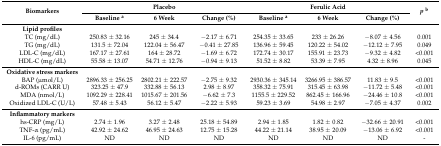
<table><thead><tr><td rowspan="2"><b>Biomarkers</b></td><td colspan="3"><b>Placebo</b></td><td colspan="3"><b>Ferulic Acid</b></td><td rowspan="2"><b><i>p</i><sup>b</sup></b></td></tr><tr><td><b>Baseline <sup>a</sup></b></td><td><b>6 Week</b></td><td><b>Change (%)</b></td><td><b>Baseline <sup>a</sup></b></td><td><b>6 Week</b></td><td><b>Change (%)</b></td></tr></thead><tbody><tr><td><b>Lipid profiles</b></td><td></td><td></td><td></td><td></td><td></td><td></td><td></td></tr><tr><td>TC (mg/dL)</td><td>250.83 ± 32.16</td><td>245 ± 34.4</td><td>−2.17 ± 6.71</td><td>254.35 ± 33.65</td><td>233 ± 26.26</td><td>−8.07 ± 4.56</td><td>0.001</td></tr><tr><td>TG (mg/dL)</td><td>131.5 ± 72.04</td><td>122.04 ± 56.47</td><td>−0.41 ± 27.85</td><td>136.96 ± 59.45</td><td>120.22 ± 54.02</td><td>−12.12 ± 7.95</td><td>0.049</td></tr><tr><td>LDL-C (mg/dL)</td><td>167.17 ± 27.61</td><td>164 ± 28.72</td><td>−1.69 ± 6.72</td><td>172.74 ± 30.17</td><td>155.91 ± 23.73</td><td>−9.32 ± 4.82</td><td>&lt;0.001</td></tr><tr><td>HDL-C (mg/dL)</td><td>55.58 ± 13.07</td><td>54.71 ± 12.76</td><td>−0.94 ± 9.13</td><td>51.52 ± 8.82</td><td>53.39 ± 7.95</td><td>4.32 ± 8.96</td><td>0.045</td></tr><tr><td><b>Oxidative stress markers</b></td><td></td><td></td><td></td><td></td><td></td><td></td><td></td></tr><tr><td>BAP (μmol/L)</td><td>2896.33 ± 256.25</td><td>2802.21 ± 222.57</td><td>−2.75 ± 9.32</td><td>2930.36 ± 345.14</td><td>3266.95 ± 386.57</td><td>11.83 ± 9.5</td><td>&lt;0.001</td></tr><tr><td>d-ROMs (CARR U)</td><td>323.25 ± 47.9</td><td>332.88 ± 56.13</td><td>2.98 ± 8.97</td><td>358.32 ± 75.91</td><td>315.45 ± 63.98</td><td>−11.72 ± 5.48</td><td>&lt;0.001</td></tr><tr><td>MDA (nmol/L)</td><td>1092.29 ± 228.41</td><td>1015.67 ± 201.56</td><td>−6.62 ± 7.3</td><td>1155.5 ± 229.52</td><td>862.45 ± 166.96</td><td>−24.46 ± 10.8</td><td>&lt;0.001</td></tr><tr><td>Oxidized LDL-C (U/L)</td><td>57.48 ± 5.43</td><td>56.12 ± 5.47</td><td>−2.22 ± 5.93</td><td>59.23 ± 3.69</td><td>54.98 ± 2.97</td><td>−7.05 ± 4.37</td><td>0.002</td></tr><tr><td><b>Inflammatory markers</b></td><td></td><td></td><td></td><td></td><td></td><td></td><td></td></tr><tr><td>hs-CRP (mg/L)</td><td>2.74 ± 1.96</td><td>3.27 ± 2.48</td><td>25.18 ± 54.89</td><td>2.94 ± 1.85</td><td>1.82 ± 0.82</td><td>−32.66 ± 20.91</td><td>&lt;0.001</td></tr><tr><td>TNF-α (pg/mL)</td><td>42.92 ± 24.62</td><td>46.95 ± 24.63</td><td>12.75 ± 15.28</td><td>44.22 ± 21.14</td><td>38.95 ± 20.09</td><td>−13.06 ± 6.92</td><td>&lt;0.001</td></tr><tr><td>IL-6 (pg/mL)</td><td>ND</td><td>ND</td><td>ND</td><td>ND</td><td>ND</td><td>ND</td><td>-</td></tr></tbody></table>